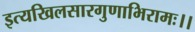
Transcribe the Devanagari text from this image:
इत्यखिलसारगुणाभिरामः।।